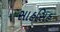
સાહસિહ